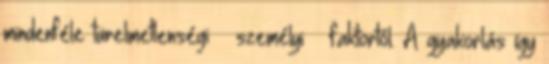
mindenféle türelmetlenségi – személyi – faktortól. A gyakorlás így